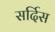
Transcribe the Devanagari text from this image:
सर्दिस